Civil Veterinary Dept. Bombay admin report 1932-41 - 1932-1941
Year: 1932
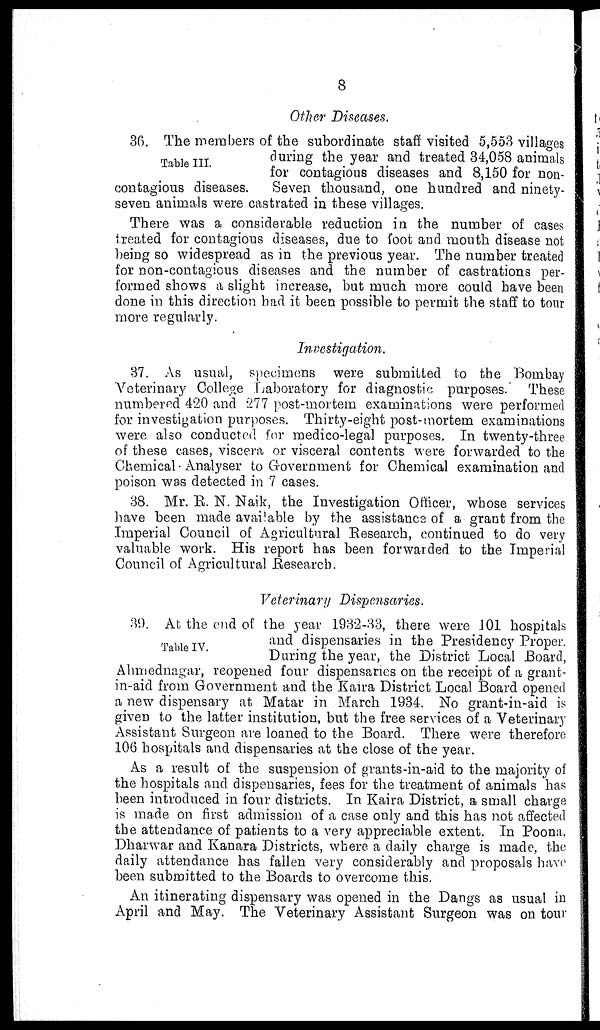
8
Other Diseases.
Table III.
36. The members of the subordinate staff visited 5,553 villages
during the year and treated 34,058 animals
for contagious diseases and 8,150 for non-
contagious diseases.
Seven thousand, one hundred and ninety-
seven animals were castrated in these villages.
There was a considerable reduction in the number of cases
treated for contagious diseases, due to foot and mouth disease not
being so widespread as in the previous year. The number treated
for non-contagious diseases and the number of castrations per-
formed shows a slight increase, but much more could have been
done in this direction had it been possible to permit the staff to tour
more regularly.
Investigation.
37. As usual, specimens were submitted to the Bombay
Veterinary College Laboratory for diagnostic purposes. These
numbered 420 and 277 post-mortem examinations were performed
for investigation purposes. Thirty-eight post-mortem examinations
were also conducted for medico-legal purposes. In twenty-three
of these cases, viscera or visceral contents were forwarded to the
Chemical Analyser to Government for Chemical examination and
poison was detected in 7 cases.
38. Mr. R. N. Naik, the Investigation Officer, whose services
have been made available by the assistance of a grant from the
Imperial Council of Agricultural Research, continued to do very
valuable work. His report has been forwarded to the Imperial
Council of Agricultural Research.
Veterinary Dispensaries.
Table IV.
39. At the end of the year 1932-33, there were 101 hospitals
and dispensaries in the Presidency Proper.
During the year, the District Local Board,
Alimednagar, reopened four dispensaries on the receipt of a grant-
in-aid from Government and the Kaira District Local Board opened
a new dispensary at Matar in March 1934. No grant-in-aid is
given to the latter institution, but the free services of a Veterinary
Assistant Surgeon are loaned to the Board. There were therefore
106 hospitals and dispensaries at the close of the year.
As a result of the suspension of grants-in-aid to the majority of
the hospitals and dispensaries, fees for the treatment of animals has
been introduced in four districts. In Kaira District, a small charge
is made on first admission of a case only and this has not affected
the attendance of patients to a very appreciable extent. In Poona,
Dharwar and Kanara Districts, where a daily charge is made, the
daily attendance has fallen very considerably and proposals have
been submitted to the Boards to overcome this.
An itinerating dispensary was opened in the Dangs as usual in
April and May. The Veterinary Assistant Surgeon was on tour